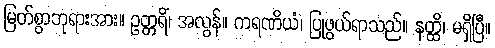
မြတ်စွာဘုရားအား။ ဥတ္တရိံ၊ အလွန်။ ကရဏိယံ၊ ပြုဖွယ်ရာသည်။ နတ္ထိ၊ မရှိပြီ။